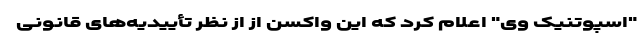
"اسپوتنیک وی" اعلام کرد که این واکسن از از نظر تأییدیه‌های قانونی